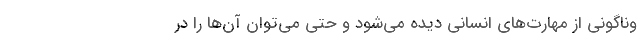
وناگونی از مهارت‌های انسانی دیده می‌شود و حتی می‌توان آن‌ها را در